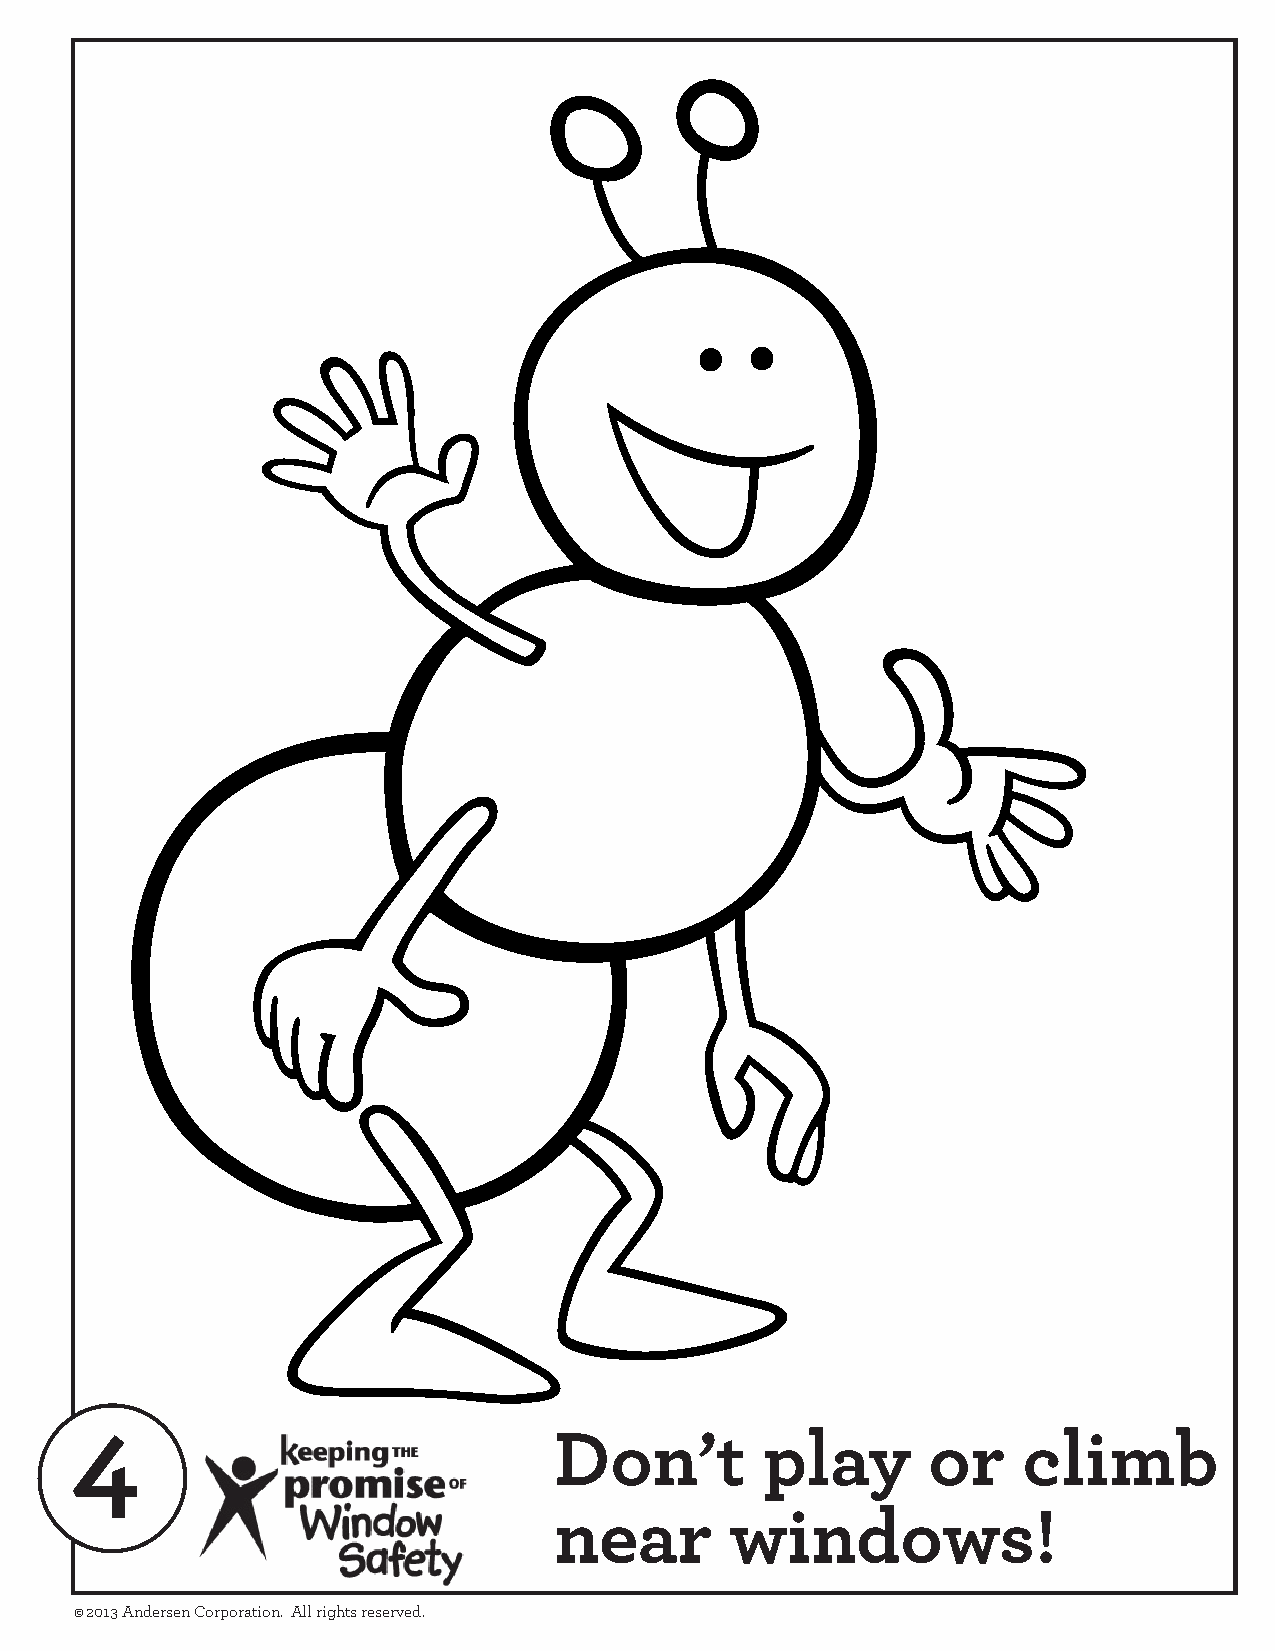
4
 Don’t         play      or     climb
 near       windows!
 © 2013 Andersen Corporation. All rights reserved.